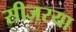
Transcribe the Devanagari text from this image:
सीज़रया